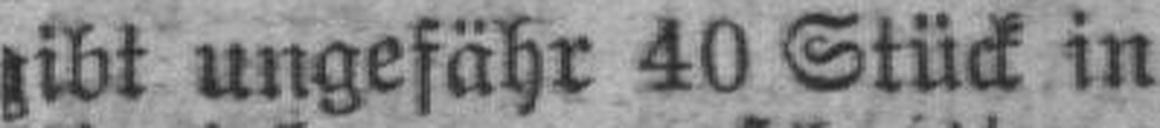
gibt ungefähr 40 Stück in